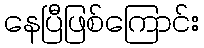
နေပြီဖြစ်ကြောင်း